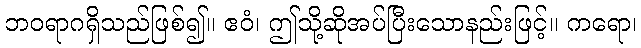
ဘဝရာဂရှိသည်ဖြစ်၍။ ဧဝံ၊ ဤသို့ဆိုအပ်ပြီးသောနည်းဖြင့်။ ကရော၊